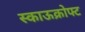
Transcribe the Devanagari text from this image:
स्काऊक्रोफ्ट